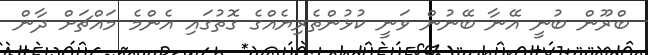
ބްރޫން ބުނީ އޭނާ ބޭނުން ވަނީ ކުޅުންތެރިޔެއްގެ ގޮތުގައި އެންމެ މައްޗަށް ދާން